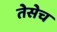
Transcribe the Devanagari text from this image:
तेसेच